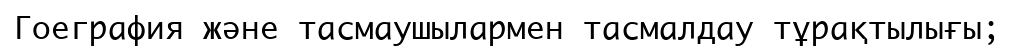
Гоеграфия және тасмаушылармен тасмалдау тұрақтылығы;